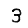
Digit: 3